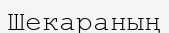
Шекараның